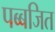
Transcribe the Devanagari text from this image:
पब्बजित